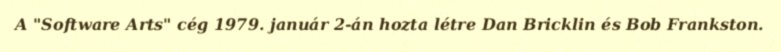
A "Software Arts" cég 1979. január 2-án hozta létre Dan Bricklin és Bob Frankston.